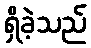
ရှိခဲ့သည်